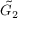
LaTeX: { \tilde { G } } _ { 2 }